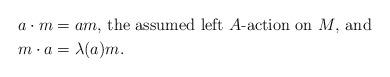
LaTeX: \begin{align*} a\cdot m &= am \mbox{,\ the\ assumed\ left\ $A$-action\ on\ $M$,\ and} \\ m\cdot a &= \lambda(a)m.\end{align*}